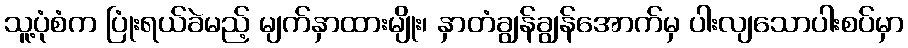
သူ့ပုံစံက ပြုံးရယ်ခဲမည့် မျက်နှာထားမျိုး၊ နှာတံချွန်ချွန်အောက်မှ ပါးလျသောပါးစပ်မှာ